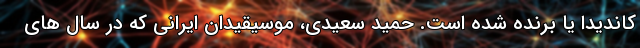
کاندیدا یا برنده شده است. حمید سعیدی، موسیقیدان ایرانی که در سال های